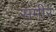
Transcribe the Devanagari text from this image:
समीर॔